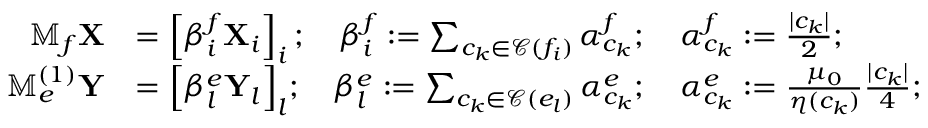
\begin{array} { r l } { \mathbb { M } _ { f } \mathbf { X } } & { = \left[ \beta _ { i } ^ { f } \mathbf { X } _ { i } \right] _ { i } ; \quad \beta _ { i } ^ { f } : = \sum _ { c _ { k } \in \mathcal { C } ( f _ { i } ) } \alpha _ { c _ { k } } ^ { f } ; \quad \alpha _ { c _ { k } } ^ { f } : = \frac { | c _ { k } | } { 2 } ; } \\ { \mathbb { M } _ { e } ^ { ( 1 ) } \mathbf { Y } } & { = { \Big [ } \beta _ { l } ^ { e } \mathbf { Y } _ { l } { \Big ] } _ { l } ; \quad \beta _ { l } ^ { e } : = \sum _ { c _ { k } \in \mathcal { C } ( e _ { l } ) } \alpha _ { c _ { k } } ^ { e } ; \quad \alpha _ { c _ { k } } ^ { e } : = \frac { \mu _ { 0 } } { \eta ( c _ { k } ) } \frac { | c _ { k } | } { 4 } ; } \end{array}